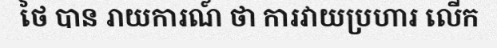
ថៃ បាន រាយការណ៍ ថា ការវាយប្រហារ លើក